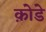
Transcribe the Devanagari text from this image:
क़ोडे